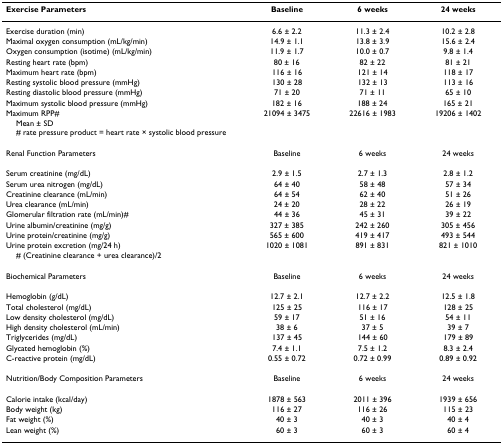
<table><thead><tr><td><b>Exercise Parameters</b></td><td><b>Baseline</b></td><td><b>6 weeks</b></td><td><b>24 weeks</b></td></tr></thead><tbody><tr><td>Exercise duration (min)</td><td>6.6 ± 2.2</td><td>11.3 ± 2.4</td><td>10.2 ± 2.8</td></tr><tr><td>Maximal oxygen consumption (mL/kg/min)</td><td>14.9 ± 1.1</td><td>13.8 ± 3.9</td><td>15.6 ± 2.4</td></tr><tr><td>Oxygen consumption (isotime) (mL/kg/min)</td><td>11.9 ± 1.7</td><td>10.0 ± 0.7</td><td>9.8 ± 1.4</td></tr><tr><td>Resting heart rate (bpm)</td><td>80 ± 16</td><td>82 ± 22</td><td>81 ± 21</td></tr><tr><td>Maximum heart rate (bpm)</td><td>116 ± 16</td><td>121 ± 14</td><td>118 ± 17</td></tr><tr><td>Resting systolic blood pressure (mmHg)</td><td>130 ± 28</td><td>132 ± 13</td><td>113 ± 16</td></tr><tr><td>Resting diastolic blood pressure (mmHg)</td><td>71 ± 20</td><td>71 ± 11</td><td>65 ± 10</td></tr><tr><td>Maximum systolic blood pressure (mmHg)</td><td>182 ± 16</td><td>188 ± 24</td><td>165 ± 21</td></tr><tr><td>Maximum RPP#</td><td>21094 ± 3475</td><td>22616 ± 1983</td><td>19206 ± 1402</td></tr><tr><td colspan="4"> Mean ± SD# rate pressure product = heart rate × systolic blood pressure</td></tr><tr><td>Renal Function Parameters</td><td>Baseline</td><td>6 weeks</td><td>24 weeks</td></tr><tr><td>Serum creatinine (mg/dL)</td><td>2.9 ± 1.5</td><td>2.7 ± 1.3</td><td>2.8 ± 1.2</td></tr><tr><td>Serum urea nitrogen (mg/dL)</td><td>64 ± 40</td><td>58 ± 48</td><td>57 ± 34</td></tr><tr><td>Creatinine clearance (mL/min)</td><td>64 ± 54</td><td>62 ± 40</td><td>51 ± 26</td></tr><tr><td>Urea clearance (mL/min)</td><td>24 ± 20</td><td>28 ± 22</td><td>26 ± 19</td></tr><tr><td>Glomerular filtration rate (mL/min)#</td><td>44 ± 36</td><td>45 ± 31</td><td>39 ± 22</td></tr><tr><td>Urine albumin/creatinine (mg/g)</td><td>327 ± 385</td><td>242 ± 260</td><td>305 ± 456</td></tr><tr><td>Urine protein/creatinine (mg/g)</td><td>565 ± 600</td><td>419 ± 417</td><td>493 ± 544</td></tr><tr><td>Urine protein excretion (mg/24 h)</td><td>1020 ± 1081</td><td>891 ± 831</td><td>821 ± 1010</td></tr><tr><td colspan="4"> # (Creatinine clearance + urea clearance)/2</td></tr><tr><td>Biochemical Parameters</td><td>Baseline</td><td>6 weeks</td><td>24 weeks</td></tr><tr><td>Hemoglobin (g/dL)</td><td>12.7 ± 2.1</td><td>12.7 ± 2.2</td><td>12.5 ± 1.8</td></tr><tr><td>Total cholesterol (mg/dL)</td><td>125 ± 25</td><td>116 ± 17</td><td>128 ± 25</td></tr><tr><td>Low density cholesterol (mg/dL)</td><td>59 ± 17</td><td>51 ± 16</td><td>54 ± 11</td></tr><tr><td>High density cholesterol (mL/min)</td><td>38 ± 6</td><td>37 ± 5</td><td>39 ± 7</td></tr><tr><td>Triglycerides (mg/dL)</td><td>137 ± 45</td><td>144 ± 60</td><td>179 ± 89</td></tr><tr><td>Glycated hemoglobin (%)</td><td>7.4 ± 1.1</td><td>7.5 ± 1.2</td><td>8.3 ± 2.4</td></tr><tr><td>C-reactive protein (mg/dL)</td><td>0.55 ± 0.72</td><td>0.72 ± 0.99</td><td>0.89 ± 0.92</td></tr><tr><td>Nutrition/Body Composition Parameters</td><td>Baseline</td><td>6 weeks</td><td>24 weeks</td></tr><tr><td>Calorie intake (kcal/day)</td><td>1878 ± 563</td><td>2011 ± 396</td><td>1939 ± 656</td></tr><tr><td>Body weight (kg)</td><td>116 ± 27</td><td>116 ± 26</td><td>115 ± 23</td></tr><tr><td>Fat weight (%)</td><td>40 ± 3</td><td>40 ± 3</td><td>40 ± 4</td></tr><tr><td>Lean weight (%)</td><td>60 ± 3</td><td>60 ± 3</td><td>60 ± 4</td></tr></tbody></table>